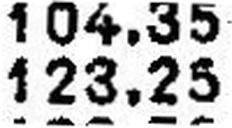
123.25